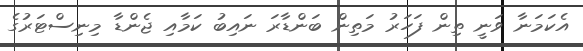
އެކަމަނާ ވަނީ ތިން ފަހަރު މަތިން ބަންޑާރަ ނައިބު ކަމާއި ޖެންޑާ މިނިސްޓަރުގެ